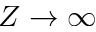
Z \to \infty